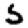
Digit: 5